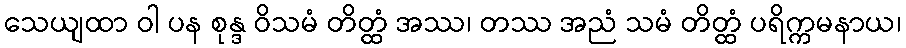
သေယျထာ ဝါ ပန စုန္ဒ ဝိသမံ တိတ္ထံ အဿ၊ တဿ အညံ သမံ တိတ္ထံ ပရိက္ကမနာယ၊